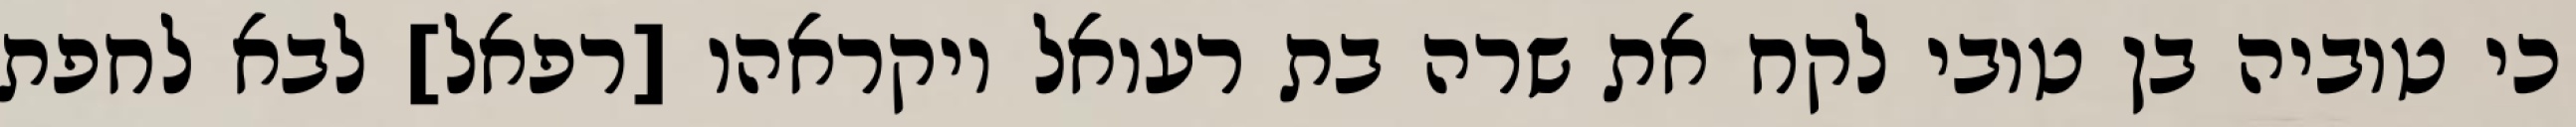
כי טוביה בן טובי לקח את שרה בת רעואל ויקראהו [רפאל] לבא לחפת